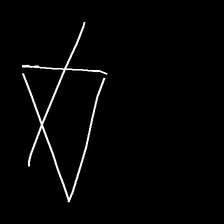
Glyph: empower